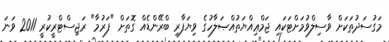
މަގުސަދުތަކަށް ވާސިލްވުމަށްޓަކައި ޖަމްޢިއްޔަތުއްޞަލާހުގެ ވިޔަފާރި ބްރޭންޑެއް ގޮތަށް "ފަރުމާ" ރަޖިސްޓްރީކުރީ 2011 ވަަނަ